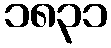
၁၈၃၁